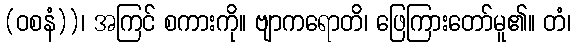
(ဝစနံ))၊ အကြင် စကားကို။ ဗျာကရောတိ၊ ဖြေကြားတော်မူ၏။ တံ၊